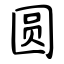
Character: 圆